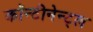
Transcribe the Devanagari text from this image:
कॉन्टीनेन्ट्ल